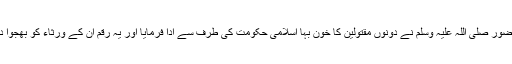
آنحضور صلی اللہ علیہ وسلم نے دونوں مقتولین کا خون بہا اسلامی حکومت کی طرف سے ادا فرمایا اور یہ رقم ان کے ورثاء کو بھجوا دی۔